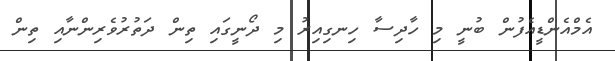
އެމްއެންޑީއެފުން ބުނީ މި ހާދިސާ ހިނގިއިރު މި ދޯނީގައި ތިން ދަތުރުވެރިންނާއި ތިން